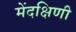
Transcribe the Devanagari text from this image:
मेंदक्षिणी